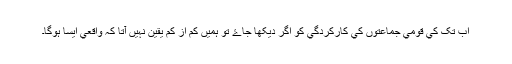
اب تک کي قومي جماعتوں کي کارکردگي کو اگر ديکھا جاۓ تو ہميں کم از کم يقين نہيں آتا کہ واقعي ايسا ہوگا۔